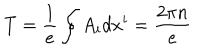
T = \frac { 1 } { e } \oint A _ { i } d x ^ { i } = \frac { 2 \pi n } { e }